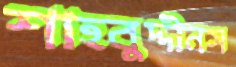
শাহবুদ্দীনস